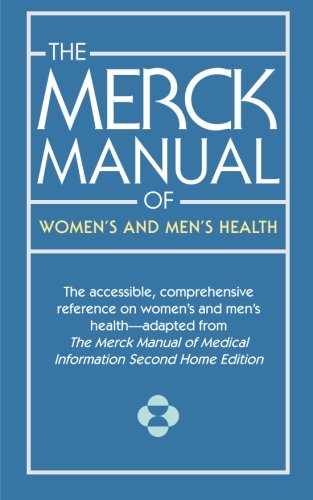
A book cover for The Merck Manual of Women's and Men's Health; Various; Health, Fitness & Dieting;